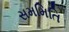
સમમિતિ